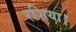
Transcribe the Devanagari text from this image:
रशिया।